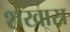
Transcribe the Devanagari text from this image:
शंखास